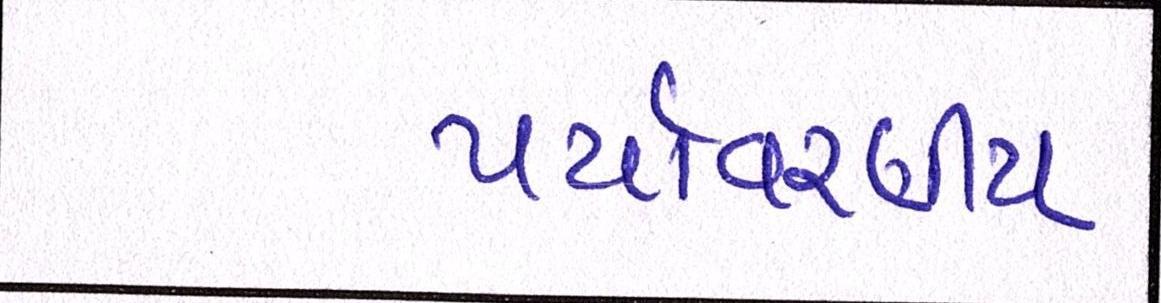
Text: પર્યાવરણીય